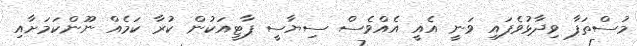
މުސްތަފާ ވިދާޅުވެފައި ވަނީ އެއީ އެއްވެސް ސިޔާސީ ޕާޓީއަކުން ކުރާ ކަމެއް ނޫންކަމަށާއި